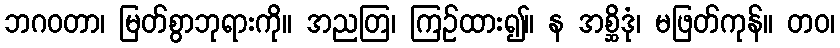
ဘဂဝတာ၊ မြတ်စွာဘုရားကို။ အညတြ၊ ကြဉ်ထား၍။ န အစ္ဆိဒုံ၊ မဖြတ်ကုန်။ တဝ၊